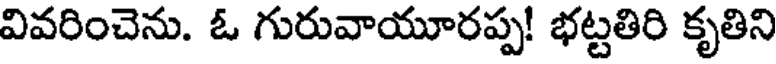
వివరించెను. ఓ గురువాయూరప్ప! భట్టతిరి కృతిని